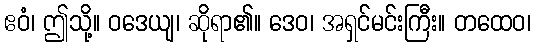
ဧဝံ၊ ဤသို့။ ဝဒေယျ၊ ဆိုရာ၏။ ဒေဝ၊ အရှင်မင်းကြီး။ တထေဝ၊